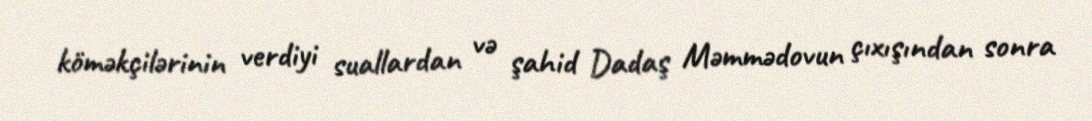
köməkçilərinin verdiyi suallardan və şahid Dadaş Məmmədovun çıxışından sonra